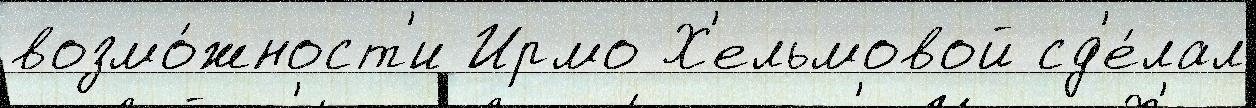
возмо́жност'и Ирмо Х'ельмовой сд'е́лал